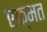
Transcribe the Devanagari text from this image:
एक्मत